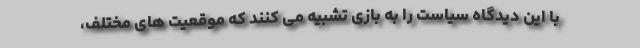
با این دیدگاه سیاست را به بازی تشبیه می کنند که موقعیت های مختلف،